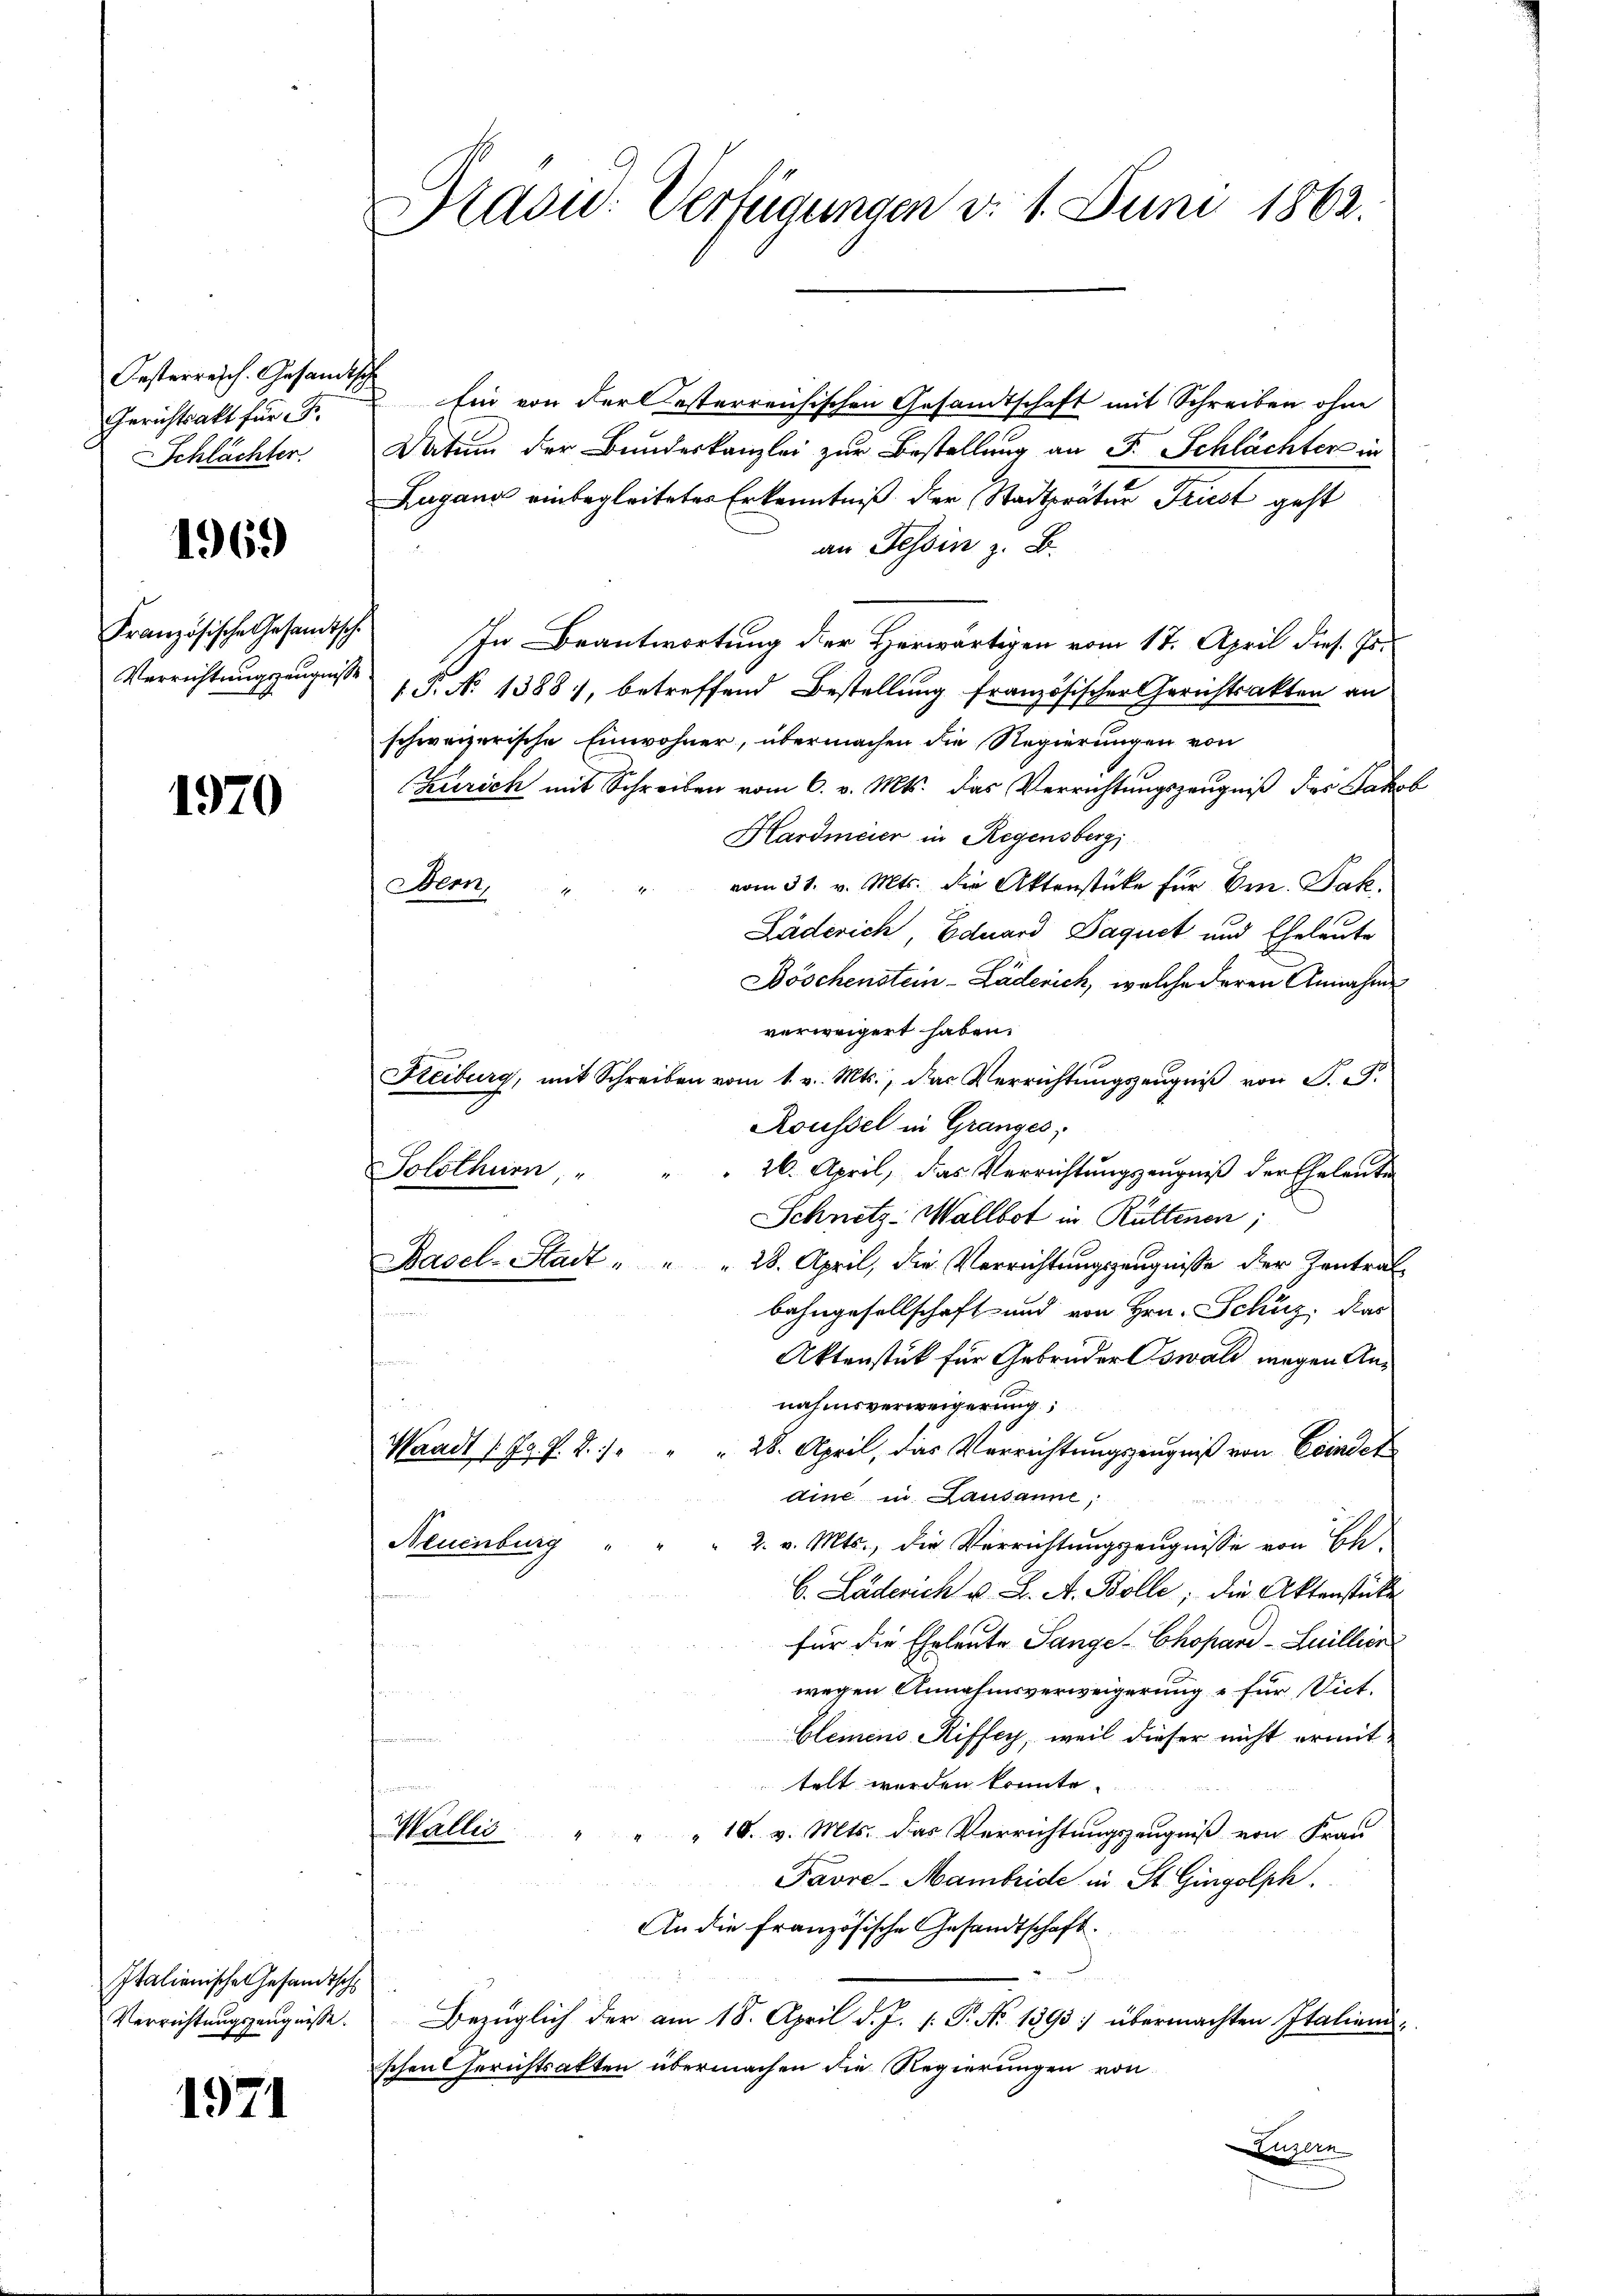
Oesterrisch. Gesandtsch
Gerichtsakt für F.
Schlächter

1969

Französische Gesandtsche
Verrichtungszeugnisse

1970

Italienische Gesandtsch
Verrichtungszeugnisse.

1971

Brasi: Verfügungen d. 1. Juni 1862.

Ein von der esterreichischen Gesandtschaft mit Schreiben ohne
Datum der Bundeskanzlei zur Bestellung an F. Schlächter in
Zugana einbegleiteter Erkenntniß der Stadtpräter Frist geht
an Tessin z. B.
In Beantwortung der Herwärtigen vom 17. April dies Jo¬
S. No 1388, betreffend Bestellung französischer Gerichtsakten an
schweizerische Einwohner, übermachen die Regierungen von
Zürich mit Schreiben vom 6. v. Mts. das Verrichtungszeugniß des Jakob
Hardmeier in Regensberg
vom 31. v. Mts. die Aktenstücke für Em. Jak.
Bern,
Läderich, Eduard Daquet und Eheleute
Böschenstein - Läderich, welche deren Annahme
verweigert haben.
Reiburg, mit Schreiben vom 1. v. Mts., das Verrichtŭngszeŭgniβ von P. F.
Roussel in Granges,
Solothurn, " " " 26. April, das Verrichtungszeugniß der Eheleuten
Schnitz-Wallbot in Rüttenen,
Basel-Stadt " " " 28. April, die Verrichtŭngszeŭgnisse der Zentral-
bahngesellschaft und von Hrn. Schüz, das
.
Aktenstück für Gebrüder Oswald wegen Annahmsverweigerung,
 28. April, das Verrichtungszeugniß von Erindet
Waadt (Jg. P. R./
dine in Lausanne
Neuenburg "
2. v. Mts., die Verrichtungszeugnisse von Ch.
C. Läderich u. L. A. Bolle; die Aktenstücke
für die Eheleute Sange-Chopard-Suillion
wegen Annahmsverweigerung u für Tit.
Glemens Riffey, weil dieser nicht ermit
telt werden konnte.
n
Wallis
" 18. v. Mts. das Verrichtungszeugniß von Frau
Favre-Mambride in St. Gingolph.
An die französische Gesandtschaft.
.
Bezüglich der am 18. April d. J. 1. P. No 1395: übermachten Italiendschen Gerichtsakten übermachen die Regierungen von
Luzern